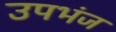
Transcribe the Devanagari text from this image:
उपभंज